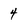
Character: 4